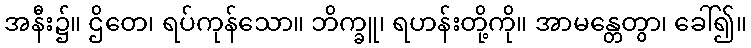
အနီး၌။ ဌိတေ၊ ရပ်ကုန်သော။ ဘိက္ခူ၊ ရဟန်းတို့ကို။ အာမန္တေတွာ၊ ခေါ်၍။